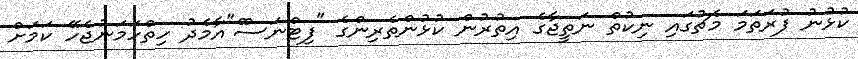
ކުުޅުނު ފުރަތަމަ މެޗުގައި ނިކުތް ނަތީޖާގެ އިތުރުން ކުޅުންތެރިންގެ "ފިޓްނަސްް"އާމެދު ހިތްހަމަނުޖެހޭ ކަމަށް